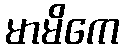
မာမိကေ